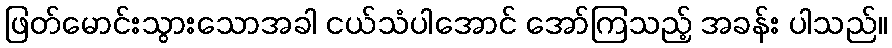
ဖြတ်မောင်းသွားသောအခါ ငယ်သံပါအောင် အော်ကြသည့် အခန်း ပါသည်။